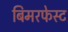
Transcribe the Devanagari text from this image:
बिमरफेस्ट